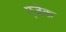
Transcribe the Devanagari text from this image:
एजेक